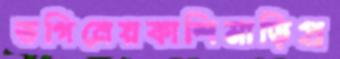
ভগিনেয়কাশিমাড়িপ্র